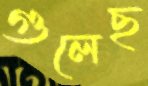
গুলেছ